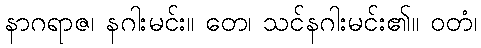
နာဂရာဇ၊ နဂါးမင်း။ တေ၊ သင်နဂါးမင်း၏။ ဝတံ၊